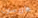
هاريسون